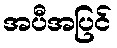
အပီအပြင်